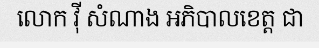
លោក វ៉ី សំណាង អភិបាលខេត្ត ជា